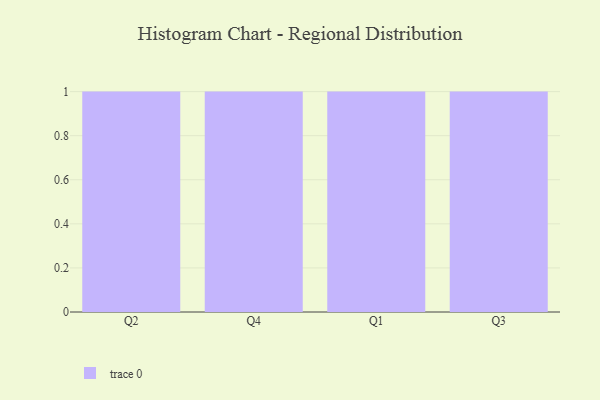
{"axis": {"x": "Quarter", "y": "Customer Acquisition Cost (USD)"}, "legend": [""], "data": [{"x": "Q2", "y": 30, "type": ""}, {"x": "Q4", "y": 79, "type": ""}, {"x": "Q1", "y": 73, "type": ""}, {"x": "Q3", "y": 79, "type": ""}]}